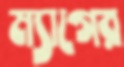
ম্যাগের